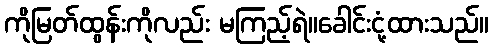
ကိုမြတ်ထွန်းကိုလည်း မကြည့်ရဲ။ခေါင်းငုံ့ထားသည်။